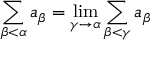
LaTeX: \sum _ { \beta < \alpha } a _ { \beta } = \operatorname* { l i m } _ { \gamma \to \alpha } \sum _ { \beta < \gamma } a _ { \beta }